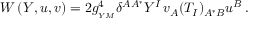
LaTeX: W \left( Y , u , v \right) = 2 g _ { _ { Y M } } ^ { 4 } \delta ^ { A A ^ { * } } Y ^ { I } \, v _ { A } ( T _ { I } ) _ { A ^ { * } B } u ^ { B } \, .